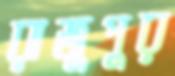
রাজুপুর